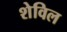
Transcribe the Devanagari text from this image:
शेविल